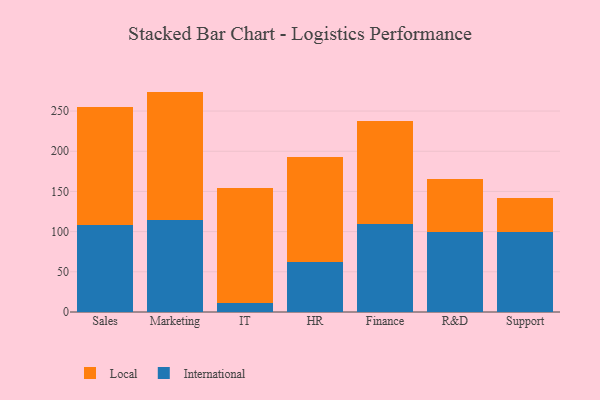
{"axis": {"x": "Department", "y": "Churn Rate (%)"}, "legend": ["International", "Local"], "data": [{"x": "Sales", "y": 108.7, "type": "International"}, {"x": "Sales", "y": 146.0, "type": "Local"}, {"x": "Marketing", "y": 114.1, "type": "International"}, {"x": "Marketing", "y": 160.1, "type": "Local"}, {"x": "IT", "y": 11.4, "type": "International"}, {"x": "IT", "y": 143.3, "type": "Local"}, {"x": "HR", "y": 62.8, "type": "International"}, {"x": "HR", "y": 130.1, "type": "Local"}, {"x": "Finance", "y": 110.0, "type": "International"}, {"x": "Finance", "y": 128.0, "type": "Local"}, {"x": "R&D", "y": 99.6, "type": "International"}, {"x": "R&D", "y": 65.5, "type": "Local"}, {"x": "Support", "y": 99.5, "type": "International"}, {"x": "Support", "y": 42.7, "type": "Local"}]}